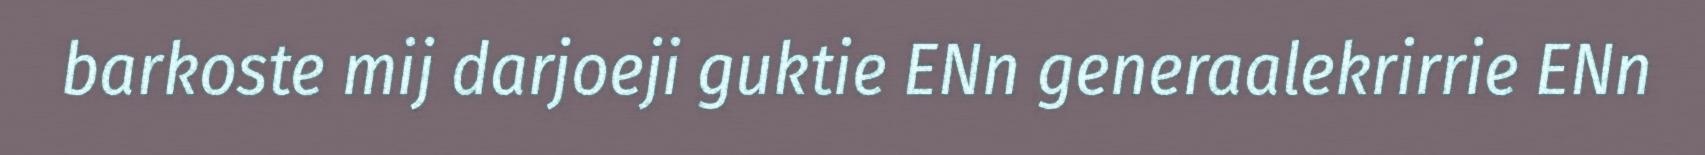
barkoste mij darjoeji guktie ENn generaalekrirrie ENn